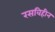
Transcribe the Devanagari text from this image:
रसविहीन